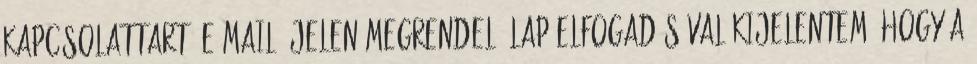
Kapcsolattartó e-mail: Jelen megrendelő lap elfogadásával kijelentem, hogy a